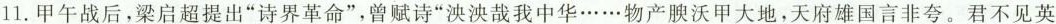
11.甲午战后，梁启超提出”诗界革命”，曾赋诗”泱泱哉我中华……物产腴沃甲大地，天府雄国言非夸。君不见英